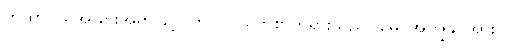
တထာ၊ ထိုအခြင်းအရာဖြင့်။ ဘဂဝါ၊ မြတ်စွာဘုရားသည်။ မေ၊ အကျွန်ုပ်အား။